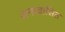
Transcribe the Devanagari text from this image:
अनावासित